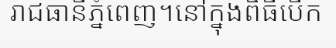
រាជធានីភ្នំពេញ។នៅក្នុងពិធីបើក